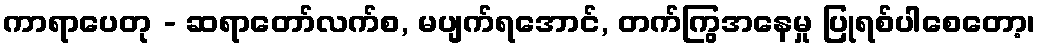
ကာရာပေတု - ဆရာတော်လက်စ, မပျက်ရအောင်, တက်ကြွအနေမှု ပြုရစ်ပါစေတော့၊